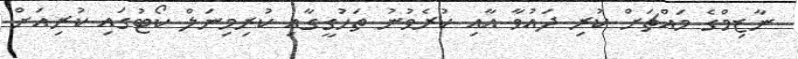
ނާޒިމްގެ މައްޗަށް ކުރި ދައުވާ އާއި ކުރެވުނު ތަހުގީގާއި ކުރިމިނަލް ކޯޓުގައި ކުރިއަށް